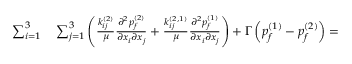
\begin{array} { r l } { \sum _ { i = 1 } ^ { 3 } } & { { } \sum _ { j = 1 } ^ { 3 } \left( \frac { k _ { i j } ^ { ( 2 ) } } { \mu } \frac { \partial ^ { 2 } { p _ { f } ^ { ( 2 ) } } } { \partial { x _ { i } } \partial { x _ { j } } } + \frac { k _ { i j } ^ { ( 2 , 1 ) } } { \mu } \frac { \partial ^ { 2 } { p _ { f } ^ { ( 1 ) } } } { \partial { x _ { i } } \partial { x _ { j } } } \right) + \Gamma \left( p _ { f } ^ { ( 1 ) } - p _ { f } ^ { ( 2 ) } \right) = \hphantom { X X X X X X X X X X X X X } } \end{array}